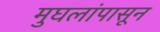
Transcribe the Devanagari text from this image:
मुघलांपासून